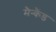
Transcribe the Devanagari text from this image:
मैन्कैंड